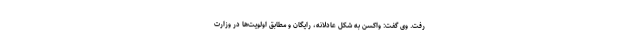
رفت. وی گفت: واکسن به شکل عادلانه، رایگان و مطابق اولویت‌ها در وزارت